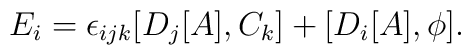
E_{i}=\epsilon_{ijk}[D_{j}[A],C_{k}] + [D_{i}[A],\phi].